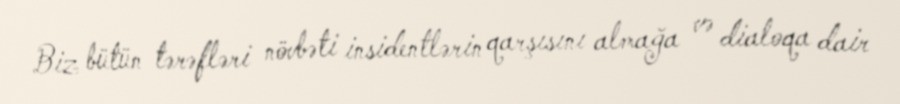
Biz bütün tərəfləri növbəti insidentlərin qarşısını almağa və dialoqa dair